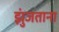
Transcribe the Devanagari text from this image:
झुंजताना